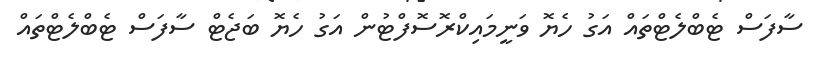
ސާފަސް ޓެބްލެޓްތައް އަގު ހެޔޮ ވަނީމައިކްރޮސޮފްޓުން އަގު ހެޔޮ ބަޖެޓް ސާފަސް ޓެބްލެޓްތައް